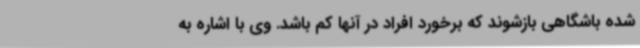
شده باشگاهی بازشوند که برخورد افراد در آنها کم باشد. وی با اشاره به